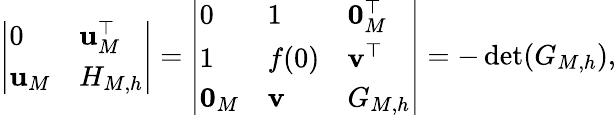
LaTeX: \left|\begin{array}{ll}{0}&{{\mathbf u}_{M}^{\top}}\\ {{\mathbf u}_{M}}&{H_{M,h}}\end{array}\right|=\left|\begin{array}{lll}{0}&{1}&{{\mathbf 0}_{M}^{\top}}\\ {1}&{f(0)}&{{\mathbf v}^{\top}}\\ {{\mathbf 0}_{M}}&{{\mathbf v}}&{G_{M,h}}\end{array}\right|=-\operatorname*{det}(G_{M,h}),